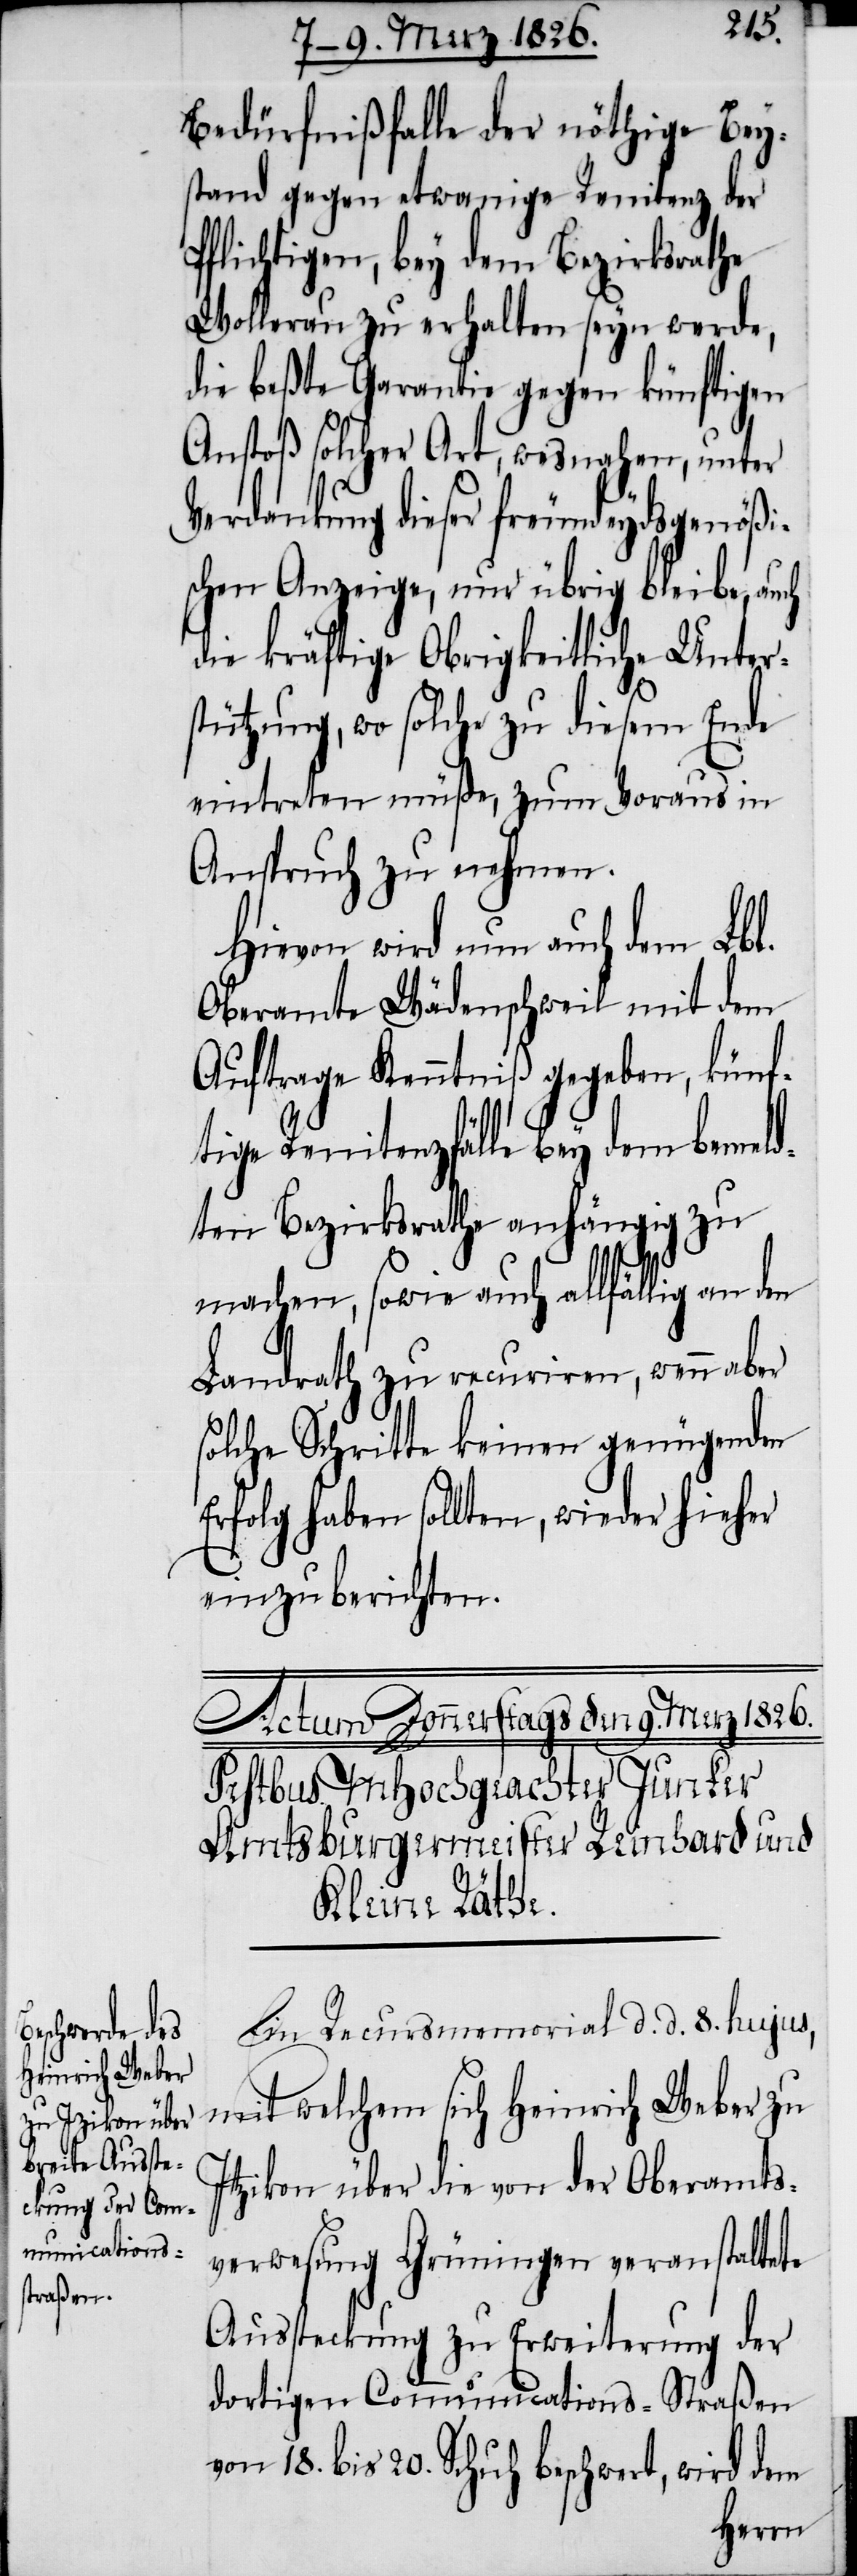
Bedürfnißfalle der nöthige Beys¬
tand gegen etwanige Renitenz der
Pflichtigen, bey dem Bezirksrathe
Wollerau zu erhalten seyn werde,
die beßte Garantie gegen künftigen
Anstoß solcher Art, wesnahen, unter
Verdankung dieser freundeydsgenößi¬
schen Anzeige, nur übrig bleibe, auch
die kräftige Obrigkeitliche Unter¬
stützung, wo solche zu diesem Ende
eintreten müße, zum Voraus in
Anspruch zu nehmen.
Hievon wird nun auch dem Lbl.
Oberamte Wädenschweil mit dem
Auftrage Kenntniß gegeben, künf¬
tige Renitenzfälle bey dem bemeld¬
ten Bezirksrathe anhängig zu
machen, sowie auch allfällig an den
Landrath zu recuriren, wenn aber
solche Schritte keinen genügenden
Erfolg haben sollten, wieder hieher
einzuberichten.
Die Recursmemorial d. d. 8. hujus,
mit welchem sich Heinrich Weber zu
[sic!] über die von der Oberamts¬
verwesung Grünigen veranstaltete
Aussteckung zu Erweiterung der
dortigen Communications-Straßen
vom 18. bis 20. Schuh beschwert, wird dem